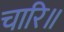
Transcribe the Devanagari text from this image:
चारि॥